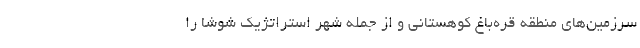
سرزمین‌های منطقه قره‌باغ کوهستانی و از جمله شهر استراتژیک شوشا را